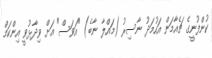
ކުންފުނީގެ ޗެއާމަން އަހުމަދު ނާސިރު (މައްލާ ނާބެ) "އަވަސް" އަށް ވިދާޅުވީ އިންކަމް